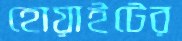
হোয়াইটের